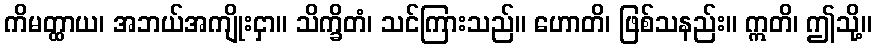
ကိမတ္ထာယ၊ အဘယ်အကျိုးငှာ။ သိက္ခိတံ၊ သင်ကြားသည်။ ဟောတိ၊ ဖြစ်သနည်း။ ဣတိ၊ ဤသို့။